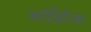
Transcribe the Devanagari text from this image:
आर्किटैक्ट